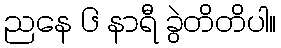
ညနေ ၆ နာရီ ခွဲတိတိပါ။